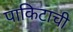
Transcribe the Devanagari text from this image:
पाकिटाची